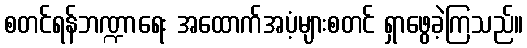
စတင်ရန်ဘဏ္ဍာရေး အထောက်အပံ့များစတင် ရှာဖွေခဲ့ကြသည်။